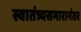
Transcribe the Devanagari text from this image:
स्वातंत्र्यसमारानंतर